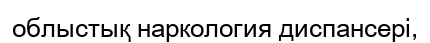
облыстық наркология диспансері,